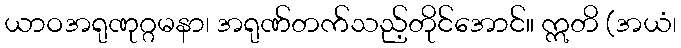
ယာဝအရုဏုဂ္ဂမနာ၊ အရုဏ်တက်သည့်တိုင်အောင်။ ဣတိ (အယံ၊